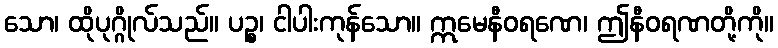
သော၊ ထိုပုဂ္ဂိုလ်သည်။ ပဉ္စ၊ ငါပါးကုန်သော။ ဣမေနီဝရဏေ၊ ဤနီဝရဏတို့ကို။